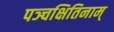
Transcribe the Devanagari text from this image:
पञ्चक्षितिनाम्